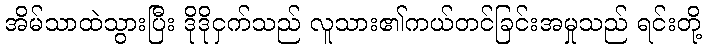
အိမ်သာထဲသွားပြီး ဒိုဒိုငှက်သည် လူသား၏ကယ်တင်ခြင်းအမှုသည် ရင်းတို့